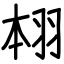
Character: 翉